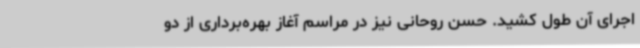
اجرای آن طول کشید. حسن روحانی نیز در مراسم آغاز بهره‌برداری از دو